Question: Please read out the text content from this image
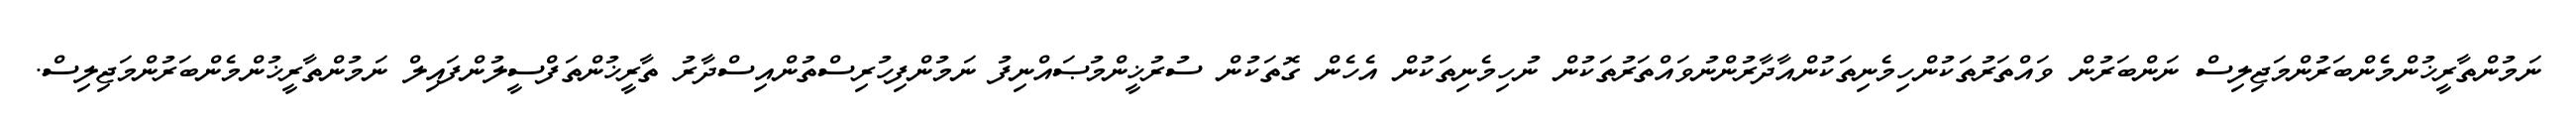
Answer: ނަމުންތާރީޚުންމެންބަރުންމަޖިލިސް ނަންބަރުން ވައްތަރުތަކުންހިމެނިތަކުންއާދާރުންނުވައްތަރުތަކުން ނުހިމެނިތަކުން އެހެން ގޮތަކުން ސުރުޚީންމުޞައްނިފު ނަމުންފިހުރިސްތުންއިސްދާރު ތާރީޚުންތަފްސީލުންފައިލް ނަމުންތާރީޚުންމެންބަރުންމަޖިލިސް.